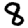
Digit: 8